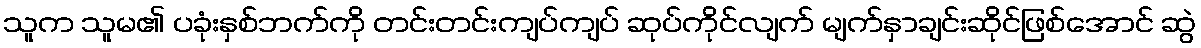
သူက သူမ၏ ပခုံးနှစ်ဘက်ကို တင်းတင်းကျပ်ကျပ် ဆုပ်ကိုင်လျက် မျက်နှာချင်းဆိုင်ဖြစ်အောင် ဆွဲ